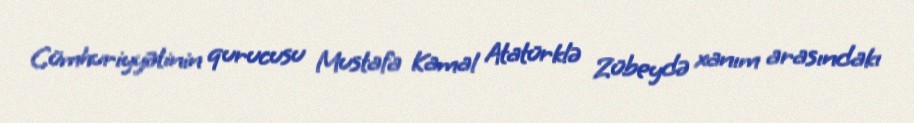
Cümhuriyyətinin qurucusu Mustafa Kamal Atatürklə Zübeydə xanım arasındakı